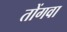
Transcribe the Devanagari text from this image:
तोंगवा